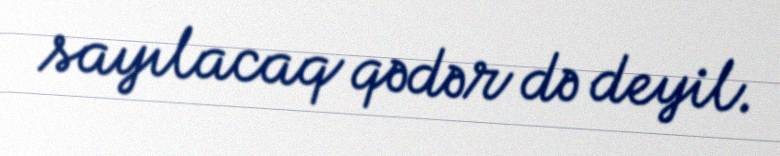
sayılacaq qədər də deyil.